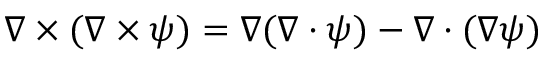
\nabla \times ( \nabla \times \boldsymbol { \psi } ) = \nabla ( \nabla \cdot \boldsymbol { \psi } ) - \nabla \cdot ( \nabla \boldsymbol { \psi } )